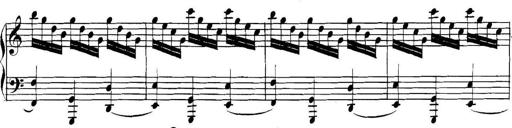
Title: Collected Piano Sonatas
Composer: Muzio Clementi